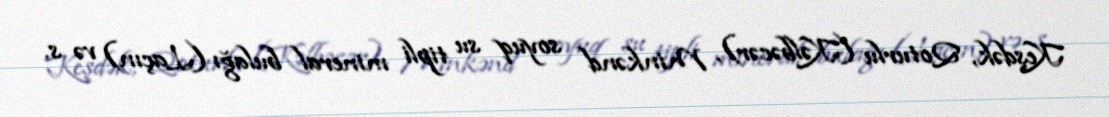
Keşdək, Qoturlu (Kəlbəcər), Minkənd soyuq su tipli mineral bulağı (Laçın) və s.